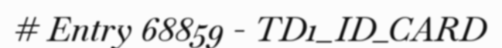
# Entry 68859 - TD1_ID_CARD